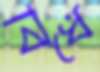
বিঁধে